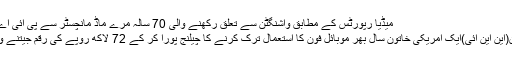
میڈیا رپورٹس کے مطابق واشنگٹن سے تعلق رکھنے والی 70 سالہ مرے ماڈ مانچسٹر سے پی آئی اے کی ...
واشنگٹن(این این آئی)ایک امریکی خاتون سال بھر موبائل فون کا استعمال ترک کرنے کا چیلنج پورا کر کے 72 لاکھ روپے کی رقم جیتنے والی ہیں۔